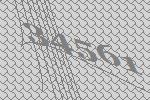
34561